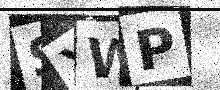
Text: SXWP